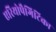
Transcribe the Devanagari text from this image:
एरियोपैगिटिका